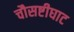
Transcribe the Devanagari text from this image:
चौसष्टीघाट